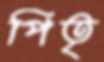
পিতৃ